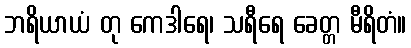
ဘရိယာယံ တု ကေဒါရေ၊ သရီရေ ခေတ္တ မီရိတံ။